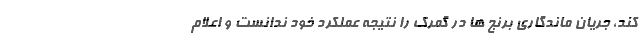
کند، جریان ماندگاری برنج ها در گمرک را نتیجه عملکرد خود ندانست و اعلام